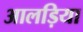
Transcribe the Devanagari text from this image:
आलड़िया